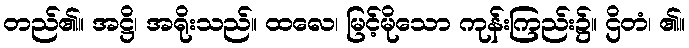
တည်၏။ အဋ္ဌိ၊ အရိုးသည်။ ထလေ၊ မြင့်မိုသော ကုန်းကြည်း၌။ ဌိတံ၊ ၏။